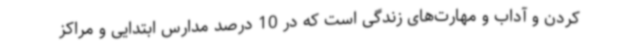
کردن و آداب و مهارت‌های زندگی است که در 10 درصد مدارس ابتدایی و مراکز